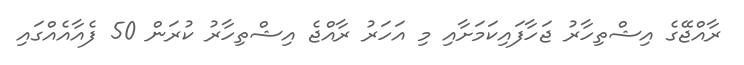
ރާއްޖޭގެ އިޝްތިހާރު ޖަހާފައިކަމަށާއި މި އަހަރު ރާއްޖެ އިޝްތިހާރު ކުރަން 50 ފެއާއެއްގައި